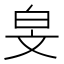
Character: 𬐅